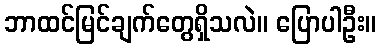
ဘာထင်မြင်ချက်တွေရှိသလဲ။ ပြောပါဦး။